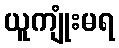
ယူကျုံးမရ